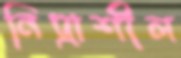
নিদ্রাশীল